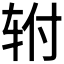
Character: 𰹿